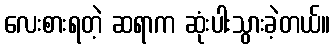
လေးစားရတဲ့ ဆရာက ဆုံးပါးသွားခဲ့တယ်။